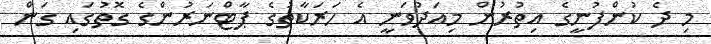
މި ދެ ކުންފުނީގެ އިތުރުން މިއަދުވަނީ އެ ހަރަކާތުގެ ޕާޓްނަރުންގެ ގޮތުގައި ގަން